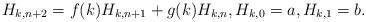
LaTeX: \begin{align*}H_{k,n+2}=f(k)H_{k,n+1}+g(k)H_{k,n}, H_{k,0}=a,H_{k,1}=b.\end{align*}